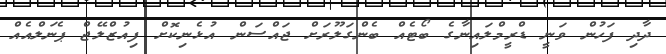
ދާދި ފަހުން ވަނީ ޑްރީމްލައިނާގެ ބޯޓެއް ބެންގަލޫރަށް ޖައްސަން އުޅެނިކޮށް ފިއުޒްލޭޖް ޕެނަލްއެއް